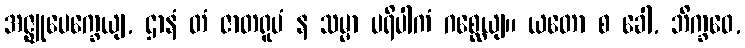
အဇ္ဈုပေက္ခေယျ, ဌာနံ တံ ဇာတရူပံ န သမ္မာ ပရိပါကံ ဂစ္ဆေယျ။ ယတော စ ခေါ, ဘိက္ခဝေ,